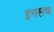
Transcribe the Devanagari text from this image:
इनसब